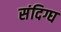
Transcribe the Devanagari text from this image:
संदिग्घ